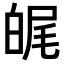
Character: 𤽶